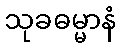
သုခဓမ္မာနံ